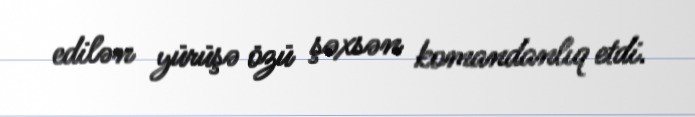
edilən yürüşə özü şəxsən komandanlıq etdi.